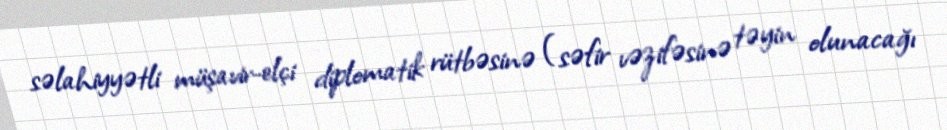
səlahiyyətli müşavir-elçi diplomatik rütbəsinə (səfir vəzifəsinə təyin olunacağı